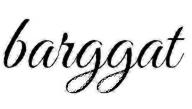
barggat